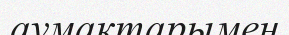
аумақтарымен